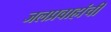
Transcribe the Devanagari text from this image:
जलप्रवाहांची